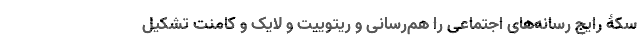
سکۀ رایجِ رسانه‌های اجتماعی را هم‌رسانی و ریتوییت و لایک و کامنت تشکیل